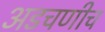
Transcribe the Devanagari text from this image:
अडचणीच